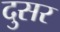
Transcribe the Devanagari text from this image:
दुसर